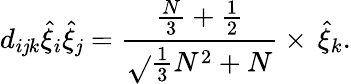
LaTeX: d_{i\mathit{j}k}\hat{{\xi}}_{i}\hat{{\xi}}_{\mathit{j}}=\frac{{\frac{{N}}{{3}}+\frac{{1}}{{2}}}}{{\sqrt{}{{\frac{{1}}{{3}}N^{2}+N}}}}\times\, \hat{{\xi}}_{k}.